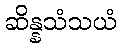
ဆိန္နသံသယံ